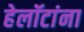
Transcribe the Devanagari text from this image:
हेलॉटांना